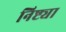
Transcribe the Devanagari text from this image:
निष्ट्या